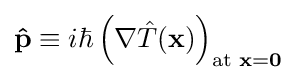
\mathbf {\hat {p}} \equiv i\hbar \left(\nabla {\hat {T}}(\mathbf {x} )\right)_{{\text{at }}\mathbf {x} =\mathbf {0} }